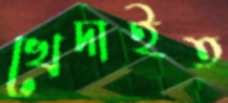
খেদাইত